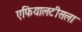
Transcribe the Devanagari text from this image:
एफियालटीसला